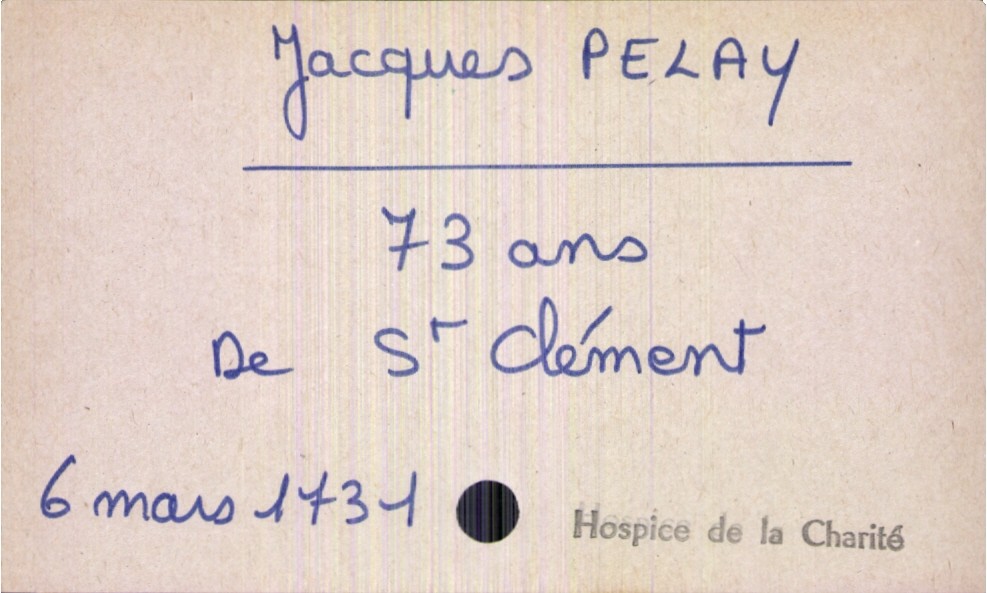
type_acte: Décès
année: 1731
mois: mars
jour: 6
paroisse: Hospice de la Charité
défunt_nom: Pelay
défunt_prénom: Jacques
défunt_sexe: H
défunt_âge: 73 ans
défunt_lieu_de_naissance: Saint Clément